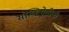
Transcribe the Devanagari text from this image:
सोव्हियेतीची